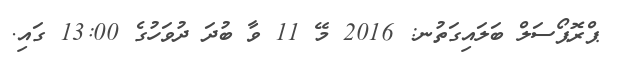
ޕްރޮޕޯސަލް ބަލައިގަތުނ: 2016 މޭ 11 ވާ ބުދަ ދުވަހުގެ 13:00 ގައި.